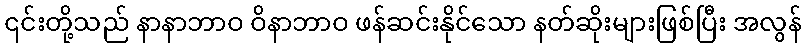
၎င်းတို့သည် နာနာဘာဝ ဝိနာဘာဝ ဖန်ဆင်းနိုင်သော နတ်ဆိုးများဖြစ်ပြီး အလွန်